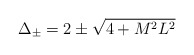
\begin{align*}\Delta_\pm=2\pm \sqrt{4+M^2 L^2} \end{align*}